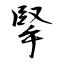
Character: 掔